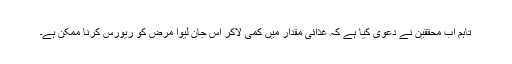
تاہم اب محققین نے دعویٰ کیا ہے کہ غذائی مقدار میں کمی لاکر اس جان لیوا مرض کو ریورس کرنا ممکن ہے۔